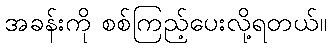
အခန်းကို စစ်ကြည့်ပေးလို့ရတယ်။